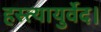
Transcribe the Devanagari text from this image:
हस्त्यायुर्वेद।